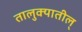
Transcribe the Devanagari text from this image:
तालुक्यातील्